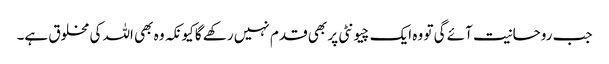
جب روحانیت آئے گی تو وہ ایک چیونٹی پر بھی قدم نہیں رکھے گا کیونکہ وہ بھی اللہ کی مخلوق ہے۔